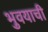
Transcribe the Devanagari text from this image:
भुवयाची